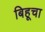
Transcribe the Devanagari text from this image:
बिहूचा